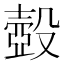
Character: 𰚈